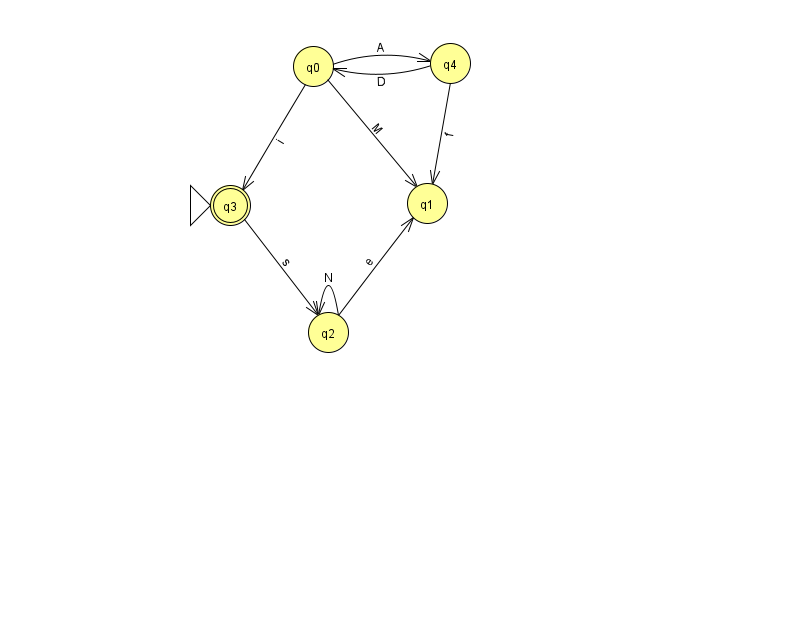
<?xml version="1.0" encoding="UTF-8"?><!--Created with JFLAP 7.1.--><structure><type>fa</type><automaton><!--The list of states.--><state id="0" name="q0"><x>313.0</x><y>53.0</y></state><state id="1" name="q1"><x>427.0</x><y>190.0</y></state><state id="2" name="q2"><x>328.0</x><y>319.0</y></state><state id="3" name="q3"><x>230.0</x><y>192.0</y><initial/><final/></state><state id="4" name="q4"><x>450.0</x><y>50.0</y></state><!--The list of transitions.--><transition><from>0</from><to>4</to><read>A</read></transition><transition><from>4</from><to>1</to><read>f</read></transition><transition><from>4</from><to>0</to><read>D</read></transition><transition><from>0</from><to>3</to><read>i</read></transition><transition><from>3</from><to>2</to><read>s</read></transition><transition><from>2</from><to>1</to><read>e</read></transition><transition><from>0</from><to>1</to><read>M</read></transition><transition><from>2</from><to>2</to><read>N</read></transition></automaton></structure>